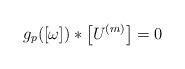
LaTeX: \begin{gather*}g_p([\omega])*\big[U^{(m)}\big]=0\end{gather*}